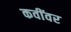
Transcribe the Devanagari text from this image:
कवींवर